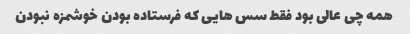
همه چی عالی بود فقط سس هایی که فرستاده بودن خوشمزه نبودن